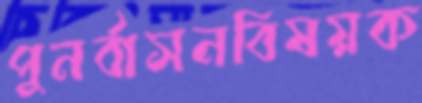
পুনর্বাসনবিষয়ক